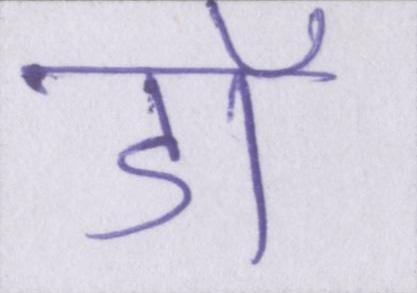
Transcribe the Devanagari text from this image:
डॉ